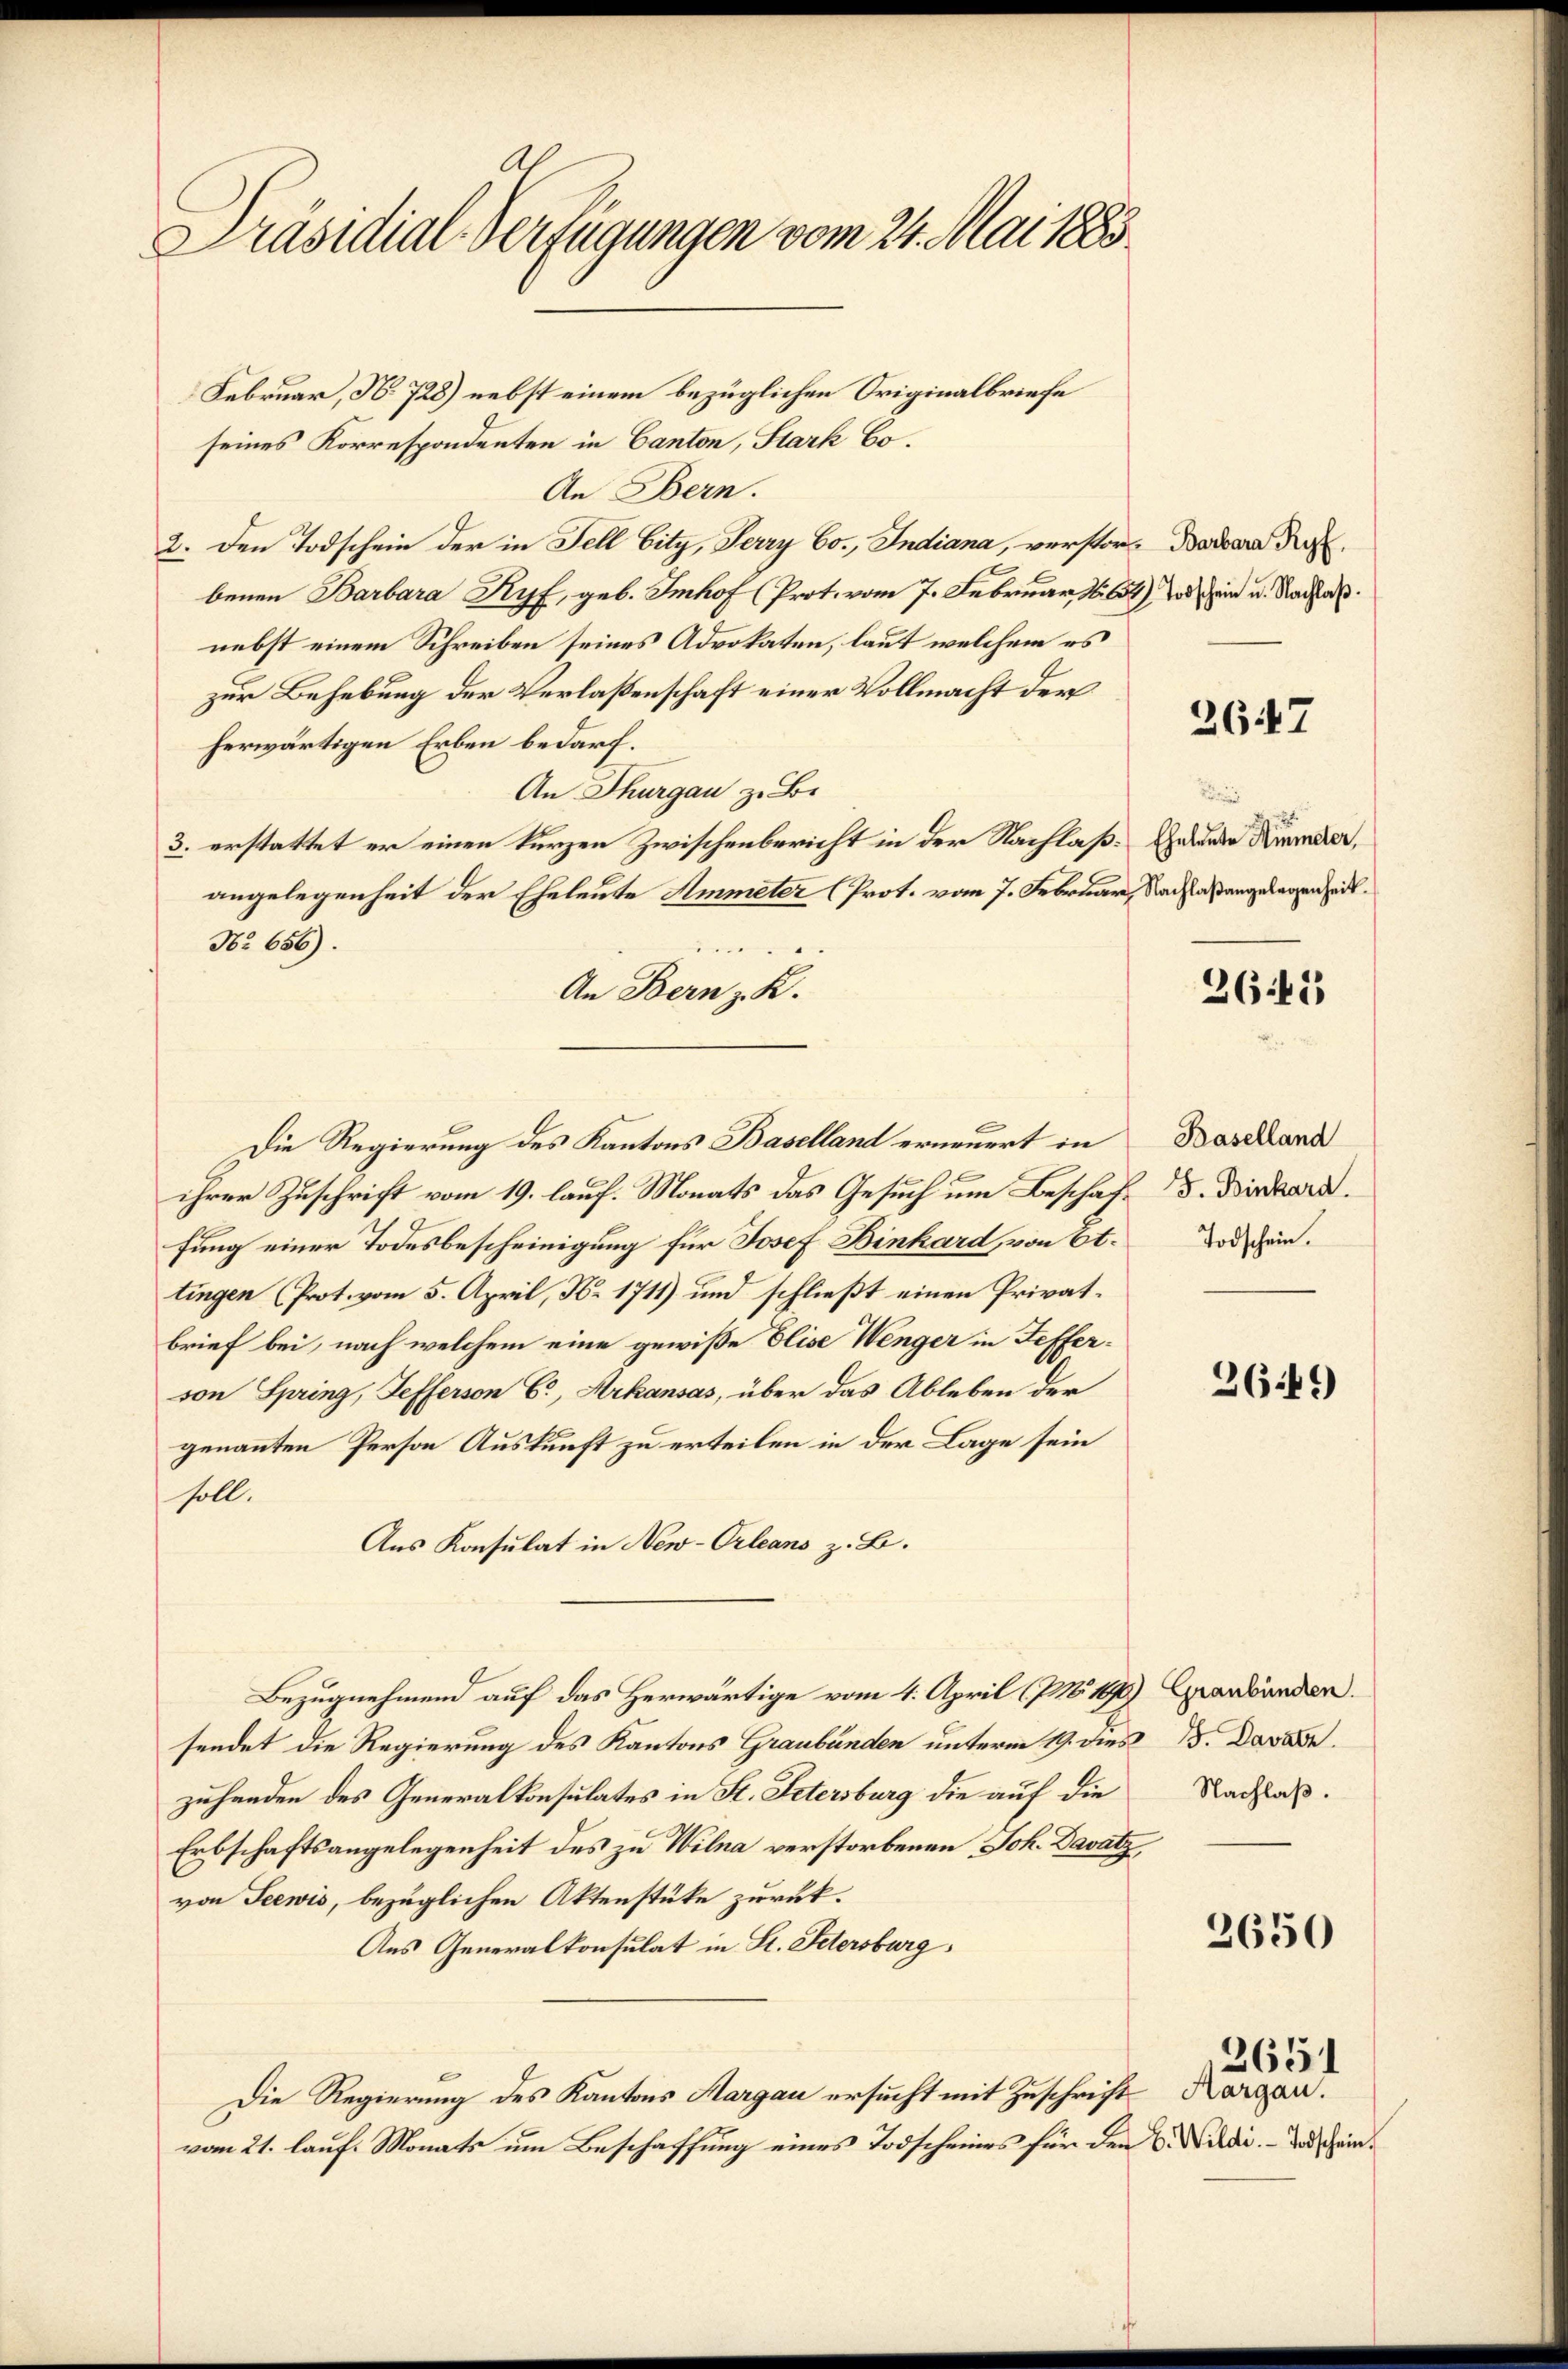
A.
Präsidial-Verfügungen vom 24. Mai 1883.

Februar, No. 728) nebst einem bezüglichen Originalbriefe
seines Korrespondenten in Canton, Stark Co¬
An Bern.
2. den Todschein der in Fell bity, Jerry Co., Indiana, verstor Daran die
benen Barbara Ryf, geb. Imhof (Prot. vom 7. Februar, S. 654) dein u. Nachlaß
nebst einem Schreiben seines Advokaten, laut welchem es
zur Behebung der Verlaßenschaft einer Vollmacht der
herwärtigen Erben bedarf.
An Thurgau z. B.
3. erstattet er einen kurzen Zwischenbericht in der Nachlaßangelegenheit der Eheleute Ammeter (Prot. vom 7. Februar,
No 656).
An Bern z. R.
Die Regierung des Kantons Baselland erneuert in
ihrer Zuschrift vom 19. lauf. Monats das Gesuch um Beschaffung einer Todesbescheinigung für Josef Binhard, von Et.
tingen (Prot. vom 5. April, N. 1711) und schließt einen Privatbrief bei, nach welchem eine gewiße Elise Wenger in Feffervon Spring, Tefferson C., Arkansas, über das Ableben der
genannten Person Auskunft zu erteilen in der Lage sein
soll.
Aus Konsulat in New-Orleans z. B.
Bezugnehmend auf das Herwärtige vom 4. April (PN8 1476) Graubünden.
sendet die Regierung des Kantons Graubünden unterm 19. dies 5. Davade
zuhanden des Generalkonsulates in St. Petersburg die auf die Nachlaß¬
Erbschaftsangelegenheit des zu Wilna verstorbenen Joh. Davatz,
von Seewis, bezüglichen Aktenstüke zurück.
Aus Generalkonsulat in St. Petersburg,
Die Regierung des Kantons Aargau ersucht mit Zuschrift
vom 21. lauf. Monats um Beschaffung eines Todscheines für den

2647

Eheleute Himmeler,
Nachlaßangelegenheit.

2643

Baselland
F. Binkard.
Todschein.

2649

2650

B. Wildi. Todschein.

2651
Aargau.